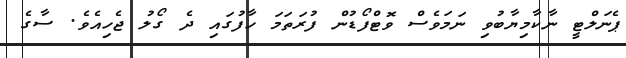
ޕެނަލްޓީ ނާކާމިޔާބުވި ނަމަވެސް ވޮޓްފޯޑުން ފުރަތަމަ ހާފުގައި ދެ ގޯލު ޖެހިއެވެ. ސާގެ